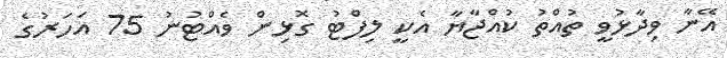
އޭނާ ވިދާޅުވީ ތުއްތު ކުއްޖާޔާ އެކީ ލިފްޓު ގޮޅިން ވެއްޓުނު 75 އަހަރުގެ